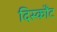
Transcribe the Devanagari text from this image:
दिस्कौंट